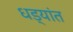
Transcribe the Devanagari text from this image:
धड्यांत